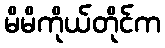
မိမိကိုယ်တိုင်က